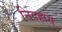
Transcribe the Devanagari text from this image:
निदहास